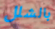
بالشلل